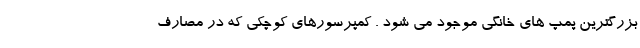
بزرگترین پمپ های خانگی موجود می شود . کمپرسورهای کوچکی که در مصارف